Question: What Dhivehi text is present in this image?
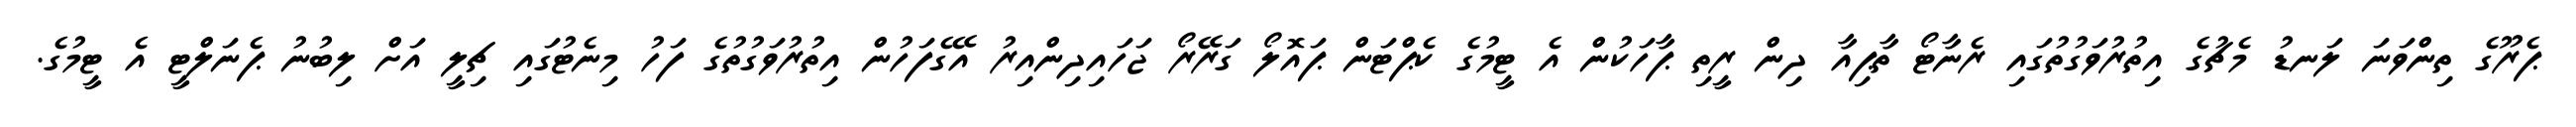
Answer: ޕެރޫގެ ތިންވަނަ ލަނޑު މެޗުގެ އިތުރުވަގުތުގައި ރެނާޓޯ ތާޕިއާ ދިން ރީތި ޕާހަކުން އެ ޓީމުގެ ކެޕްޓަން ޕައޮލޯ ގަރޭރޯ ޖަހައިދިންއިރު އޭގެފަހުން އިތުރުވަގުތުގެ ފަހު މިނެޓުގައި ޗިލީ އަށް ލިބުނު ޕެނަލްޓީ އެ ޓީމުގެ.